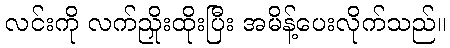
လင်းကို လက်ညှိုးထိုးပြီး အမိန့်ပေးလိုက်သည်။